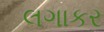
લગાકર